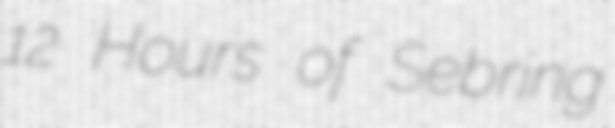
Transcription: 12 Hours of Sebring